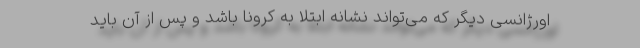
اورژانسی دیگر که می‌تواند نشانه ابتلا به کرونا باشد و پس از آن باید